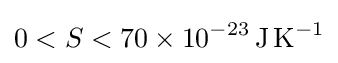
0<S<70\times 10^{-23}\,\mathrm {J\,K^{-1}}